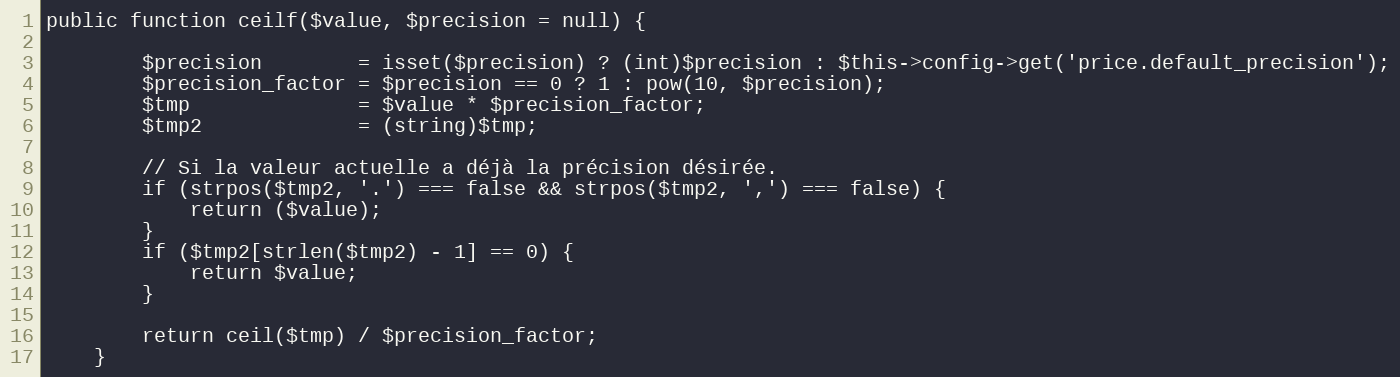
Language: PHP
public function ceilf($value, $precision = null) {

        $precision        = isset($precision) ? (int)$precision : $this->config->get('price.default_precision');
        $precision_factor = $precision == 0 ? 1 : pow(10, $precision);
        $tmp              = $value * $precision_factor;
        $tmp2             = (string)$tmp;

        // Si la valeur actuelle a déjà la précision désirée.
        if (strpos($tmp2, '.') === false && strpos($tmp2, ',') === false) {
            return ($value);
        }
        if ($tmp2[strlen($tmp2) - 1] == 0) {
            return $value;
        }

        return ceil($tmp) / $precision_factor;
    }